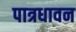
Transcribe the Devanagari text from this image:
पात्रधावन